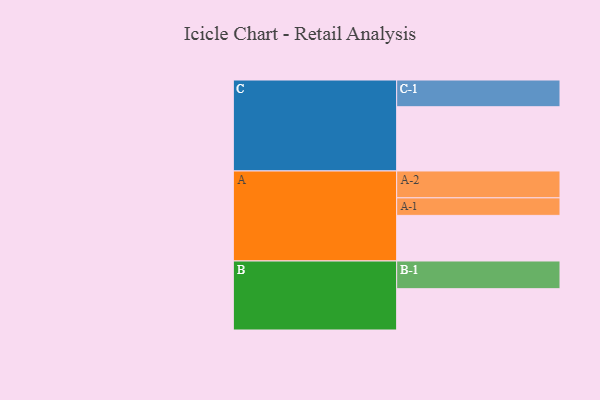
{"axis": {"x": "Segment", "y": "Value"}, "legend": ["", "A", "B", "C"], "data": [{"x": "A", "y": 382, "type": ""}, {"x": "B", "y": 346, "type": ""}, {"x": "C", "y": 538, "type": ""}, {"x": "A-1", "y": 147, "type": "A"}, {"x": "A-2", "y": 225, "type": "A"}, {"x": "B-1", "y": 232, "type": "B"}, {"x": "C-1", "y": 224, "type": "C"}]}